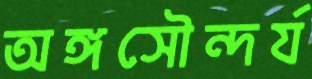
অঙ্গসৌন্দর্য